Indian journal of veterinary science and animal husbandry - Volume 3,
Year: 1933
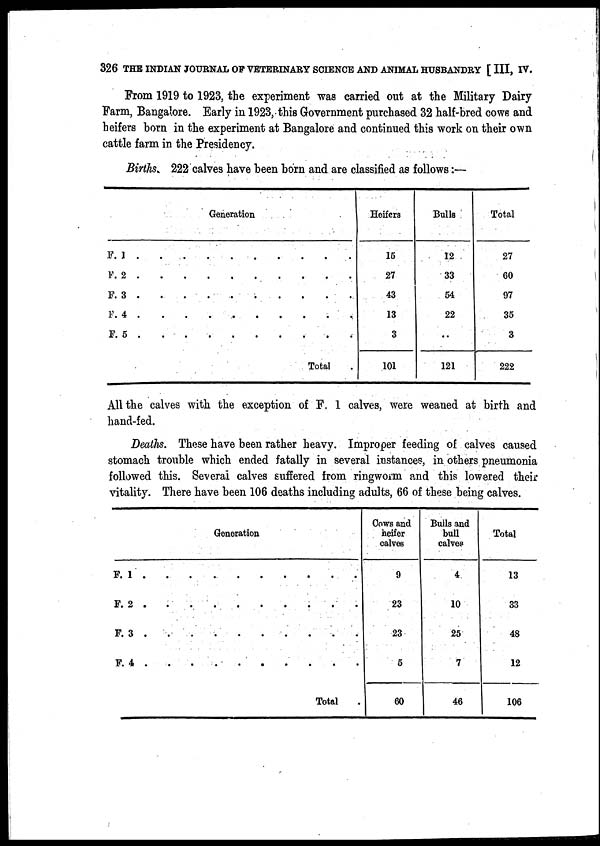
326 THE INDIAN JOURNAL OF VETERINARY SCIENCE AND ANIMAL HUSBANDRY [ III, IV.
From 1919 to 1923, the experiment was carried out at the Military Dairy
Farm, Bangalore. Early in 1923, this Government purchased 32 half-bred cows and
heifers born in the experiment at Bangalore and continued this work on their own
cattle farm in the Presidency.
Births. 222 calves have been born and are classified as follows :—
Generation
F. 1
F. 2
F. 3
F. 4
F. 5
Total
Heifers
15
27
43
13
3
101
Bulls
12
33
54
22
..
121
Total
27
60
97
35
3
222
All the calves with the exception of F. 1 calves, were weaned at birth and
hand-fed.
Deaths. These have been rather heavy. Improper feeding of calves caused
stomach trouble which ended fatally in several instances, in others pneumonia
followed this. Several calves suffered from ringworm and this lowered their
vitality. There have been 106 deaths including adults, 66 of these being calves.
Generation
F. 1
F. 2
F. 3
F. 4
Total.
Cows and
heifer
calves
9
23
23
5
60
Bulls and
bull
calves
4
10
25
7
46
Total
13
33
48
12
106